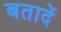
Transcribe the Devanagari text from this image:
बतादें